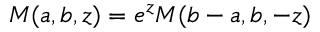
\begin{array} { r } { M ( a , b , z ) = e ^ { z } M ( b - a , b , - z ) } \end{array}